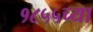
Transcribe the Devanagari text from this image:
१८५५च्या